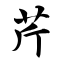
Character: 芹